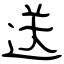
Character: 送